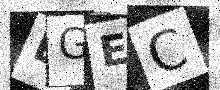
Text: EGEC